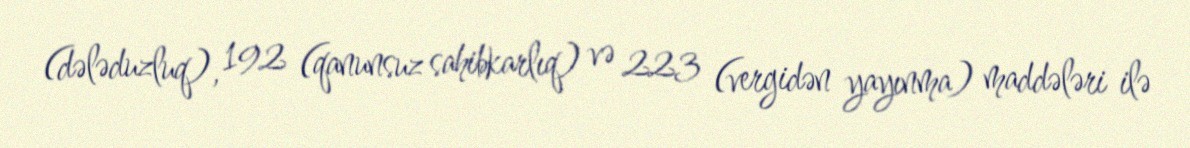
(dələduzluq), 192 (qanunsuz sahibkarlıq) və 223 (vergidən yayınma) maddələri ilə